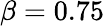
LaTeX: \beta=0.75